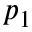
p _ { 1 }